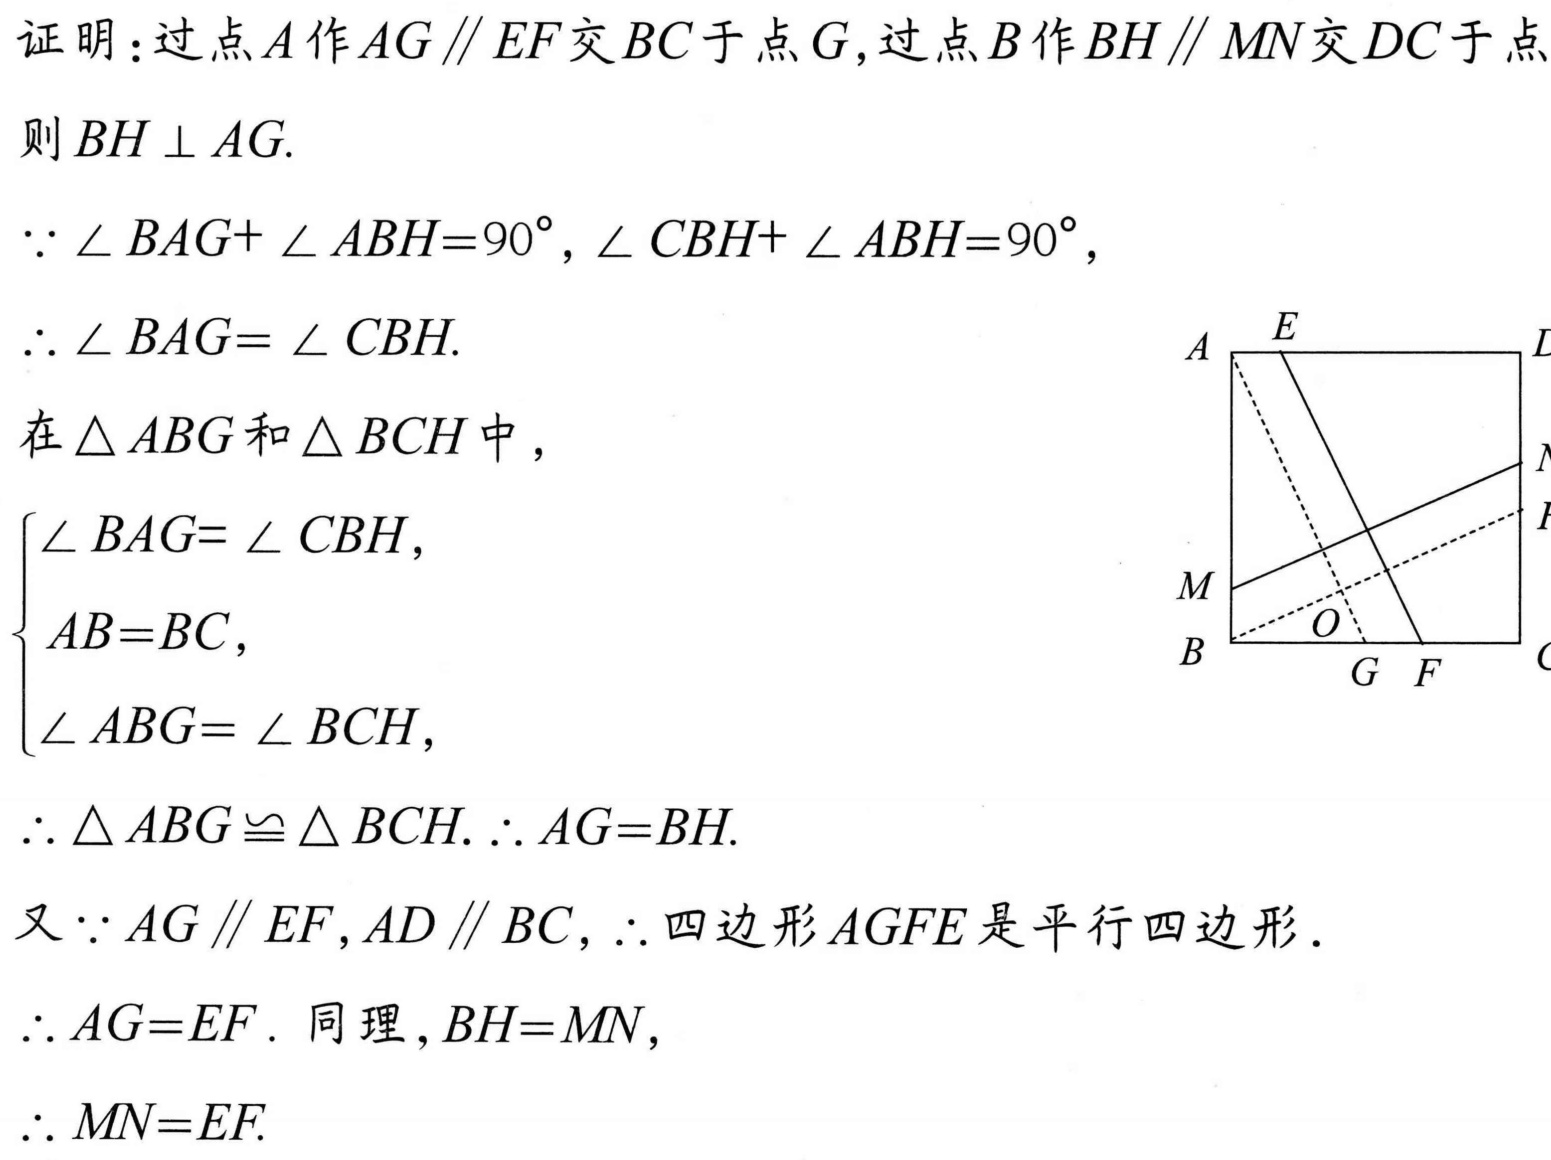
证明：过点\(A\)作\(AG\parallel EF\)交\(BC\)于点\(G\)，过点\(B\)作\(BH\parallel MN\)交\(DC\)于点
则\(BH\perp AG\).
\(\because \angle BAG + \angle ABH = 90^{\circ}, \angle CBH + \angle ABH = 90^{\circ}\)，
\(\therefore \angle BAG = \angle CBH\).
在\(\triangle ABG\)和\(\triangle BCH\)中，
\(\begin{cases}
\angle BAG = \angle CBH, \\
AB = BC, \\
\angle ABG = \angle BCH,
\end{cases}\)
\(\therefore \triangle ABG\cong \triangle BCH.\therefore AG = BH\).
又\(\because AG\parallel EF,AD\parallel BC\)，\(\therefore\)四边形\(AGFE\)是平行四边形．
\(\therefore AG = EF\). 同理，\(BH = MN\)，
\(\therefore MN = EF\).